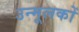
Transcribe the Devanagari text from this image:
उन्मूलकों